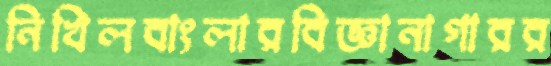
নিখিলবাংলারবিজ্ঞানাগারর